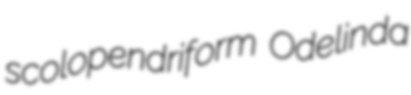
scolopendriform Odelinda